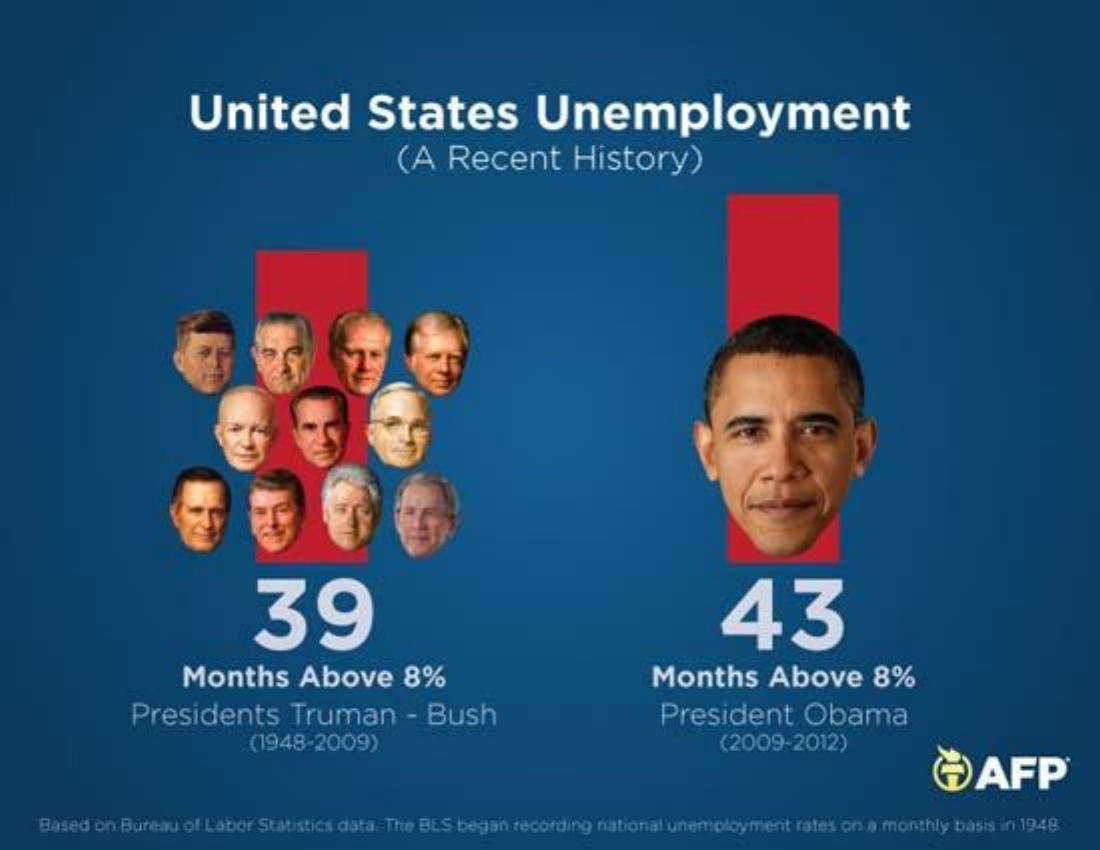
United    States    Unemployment
     (A  Recent    History)
     39    43
     Months    Above    8%    Months    Above    8%
     Presidents    Truman    - Bush    President    Obama
     (1948-2009)    (2009-2012)
     ÕAFP®
    Based on Bureau of Labor Statistics data, The BES began recording national unemployment rates on a monthly basis in 1948